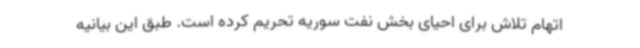
اتهام تلاش برای احیای بخش نفت سوریه تحریم کرده است. طبق این بیانیه